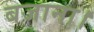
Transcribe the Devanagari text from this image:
बजाना।